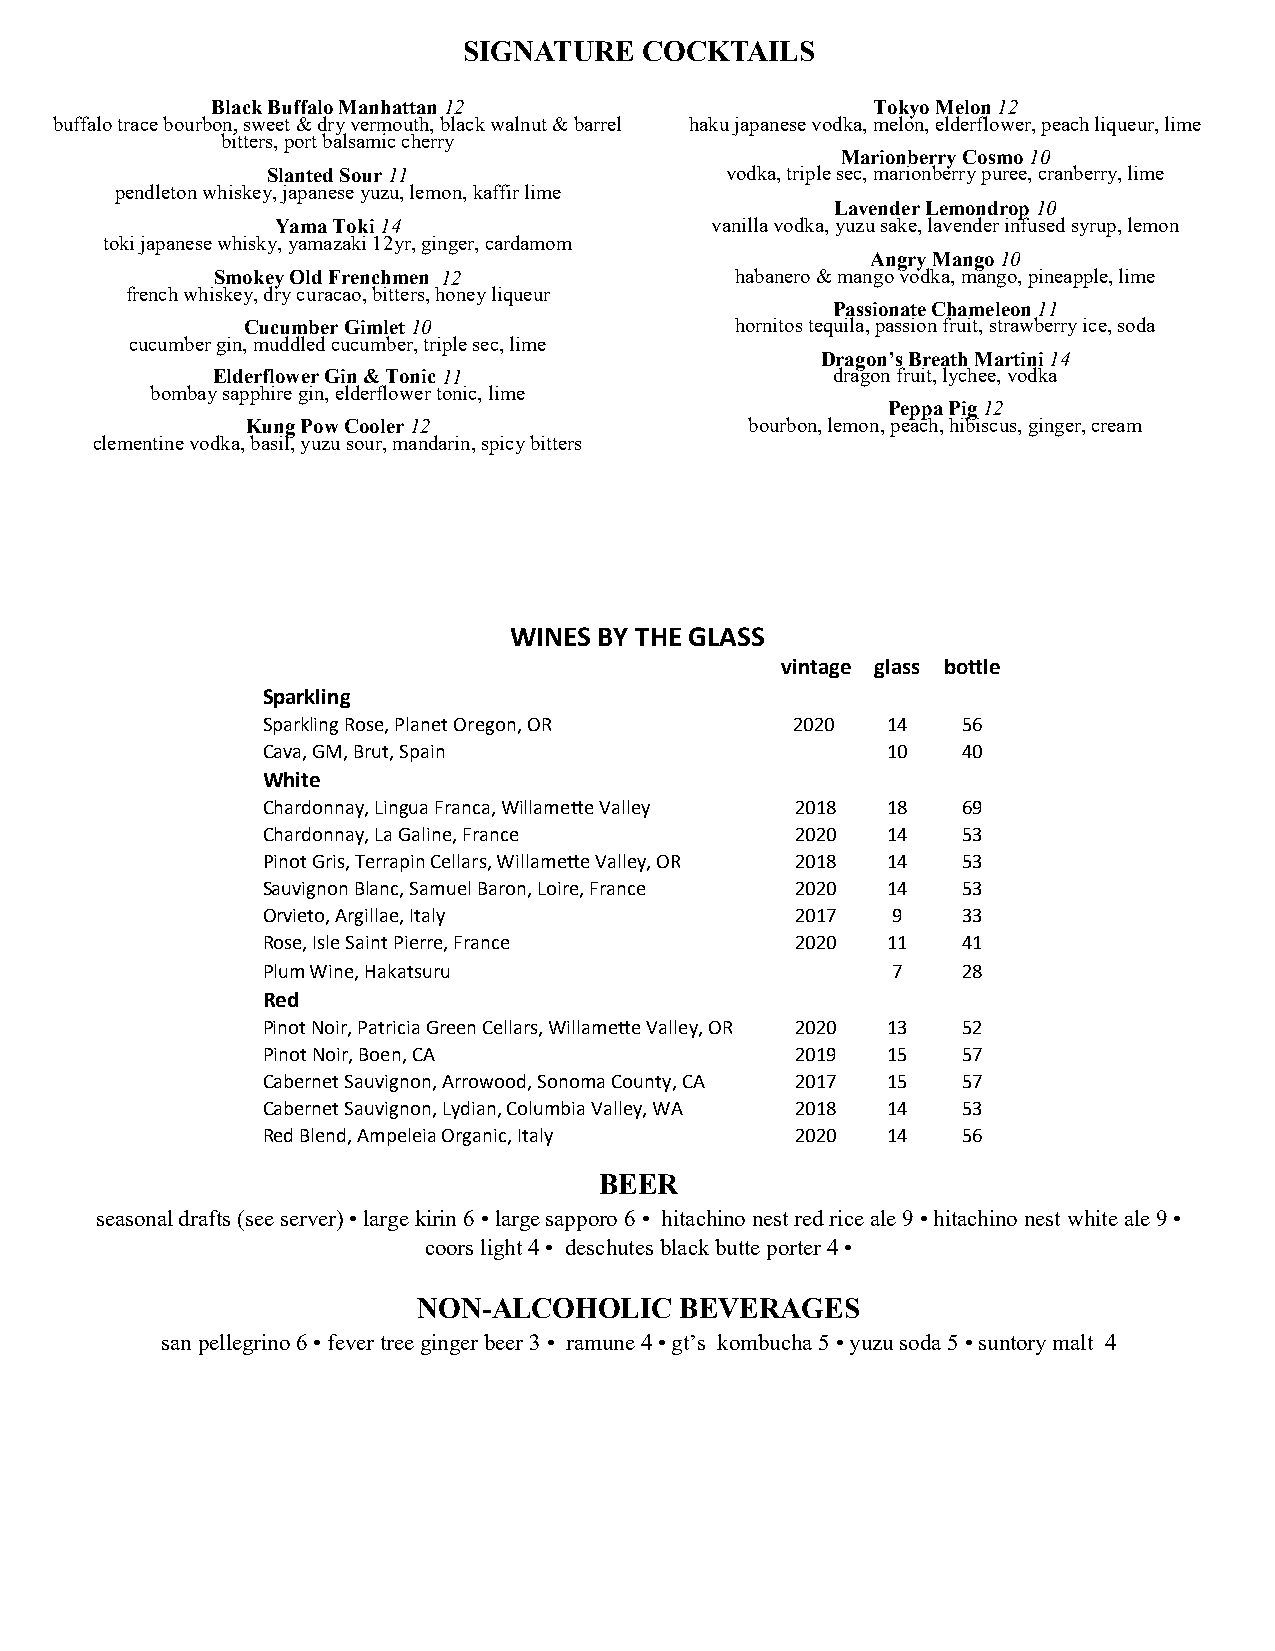
SIGNATURE  COCKTAILS
 Black Buffalo Manhattan 12                  Tokyo Melon 12
 buffalo trace bourbon, sweet & dry vermouth, black walnut & barrel haku japanese vodka, melon, elderflower, peach liqueur, lime
 bitters, port balsamic cherry
 Marionberry Cosmo 10
 Slanted Sour 11               vodka, triple sec, marionberry puree, cranberry, lime
 pendleton whiskey, japanese yuzu, lemon, kaffir lime
 Lavender Lemondrop 10
 Yama Toki 14                 vanilla vodka, yuzu sake, lavender infused syrup, lemon
 toki japanese whisky, yamazaki 12yr, ginger, cardamom
 Angry Mango 10
 Smokey Old Frenchmen 12            habanero & mango vodka, mango, pineapple, lime
 french whiskey, dry curacao, bitters, honey liqueur
 Passionate Chameleon 11
 Cucumber Gimlet 10               hornitos tequila, passion fruit, strawberry ice, soda
 cucumber gin, muddled cucumber, triple sec, lime
 Dragon’s Breath Martini 14
 Elderflower Gin & Tonic 11               dragon fruit, lychee, vodka
 bombay sapphire gin, elderflower tonic, lime
 Peppa Pig 12
 Kung Pow Cooler 12                bourbon, lemon, peach, hibiscus, ginger, cream
 clementine vodka, basil, yuzu sour, mandarin, spicy bitters
 WINES BY THE GLASS
 vintage glass bottle
 Sparkling
 Sparkling Rose, Planet Oregon, OR  2020   14   56
 Cava, GM, Brut, Spain                     10   40
 White
 Chardonnay, Lingua Franca, Willamette Valley 2018 18 69
 Chardonnay, La Galine, France       2020  14   53
 Pinot Gris, Terrapin Cellars, Willamette Valley, OR 2018 14 53
 Sauvignon Blanc, Samuel Baron, Loire, France 2020 14 53
 Orvieto, Argillae, Italy            2017  9    33
 Rose, Isle Saint Pierre, France     2020  11   41
 Plum Wine, Hakatsuru                      7    28
 Red
 Pinot Noir, Patricia Green Cellars, Willamette Valley, OR 2020 13 52
 Pinot Noir, Boen, CA                2019  15   57
 Cabernet Sauvignon, Arrowood, Sonoma County, CA 2017 15 57
 Cabernet Sauvignon, Lydian, Columbia Valley, WA 2018 14 53
 Red Blend, Ampeleia Organic, Italy  2020  14   56
 BEER
 seasonal drafts (see server) • large kirin 6 • large sapporo 6 • hitachino nest red rice ale 9 • hitachino nest white ale 9 •
 coors light 4 • deschutes black butte porter 4 •
 NON-ALCOHOLIC    BEVERAGES
 san pellegrino 6 • fever tree ginger beer 3 • ramune 4 • gt’s kombucha 5 • yuzu soda 5 • suntory malt 4